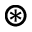
\circledast